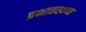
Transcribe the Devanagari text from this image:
प्रभातस्वप्न